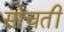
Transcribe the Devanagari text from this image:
सोचतीं